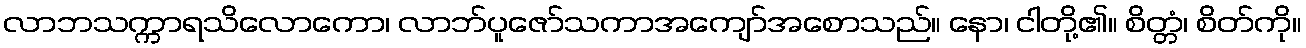
လာဘသက္ကာရသိလောကော၊ လာဘ်ပူဇော်သကာအကျော်အစောသည်။ နော၊ ငါတို့၏။ စိတ္တံ၊ စိတ်ကို။